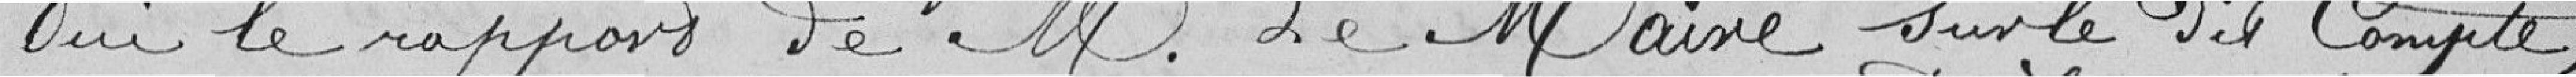
Oui le rapport de M. le Maire sur le dit Compte;